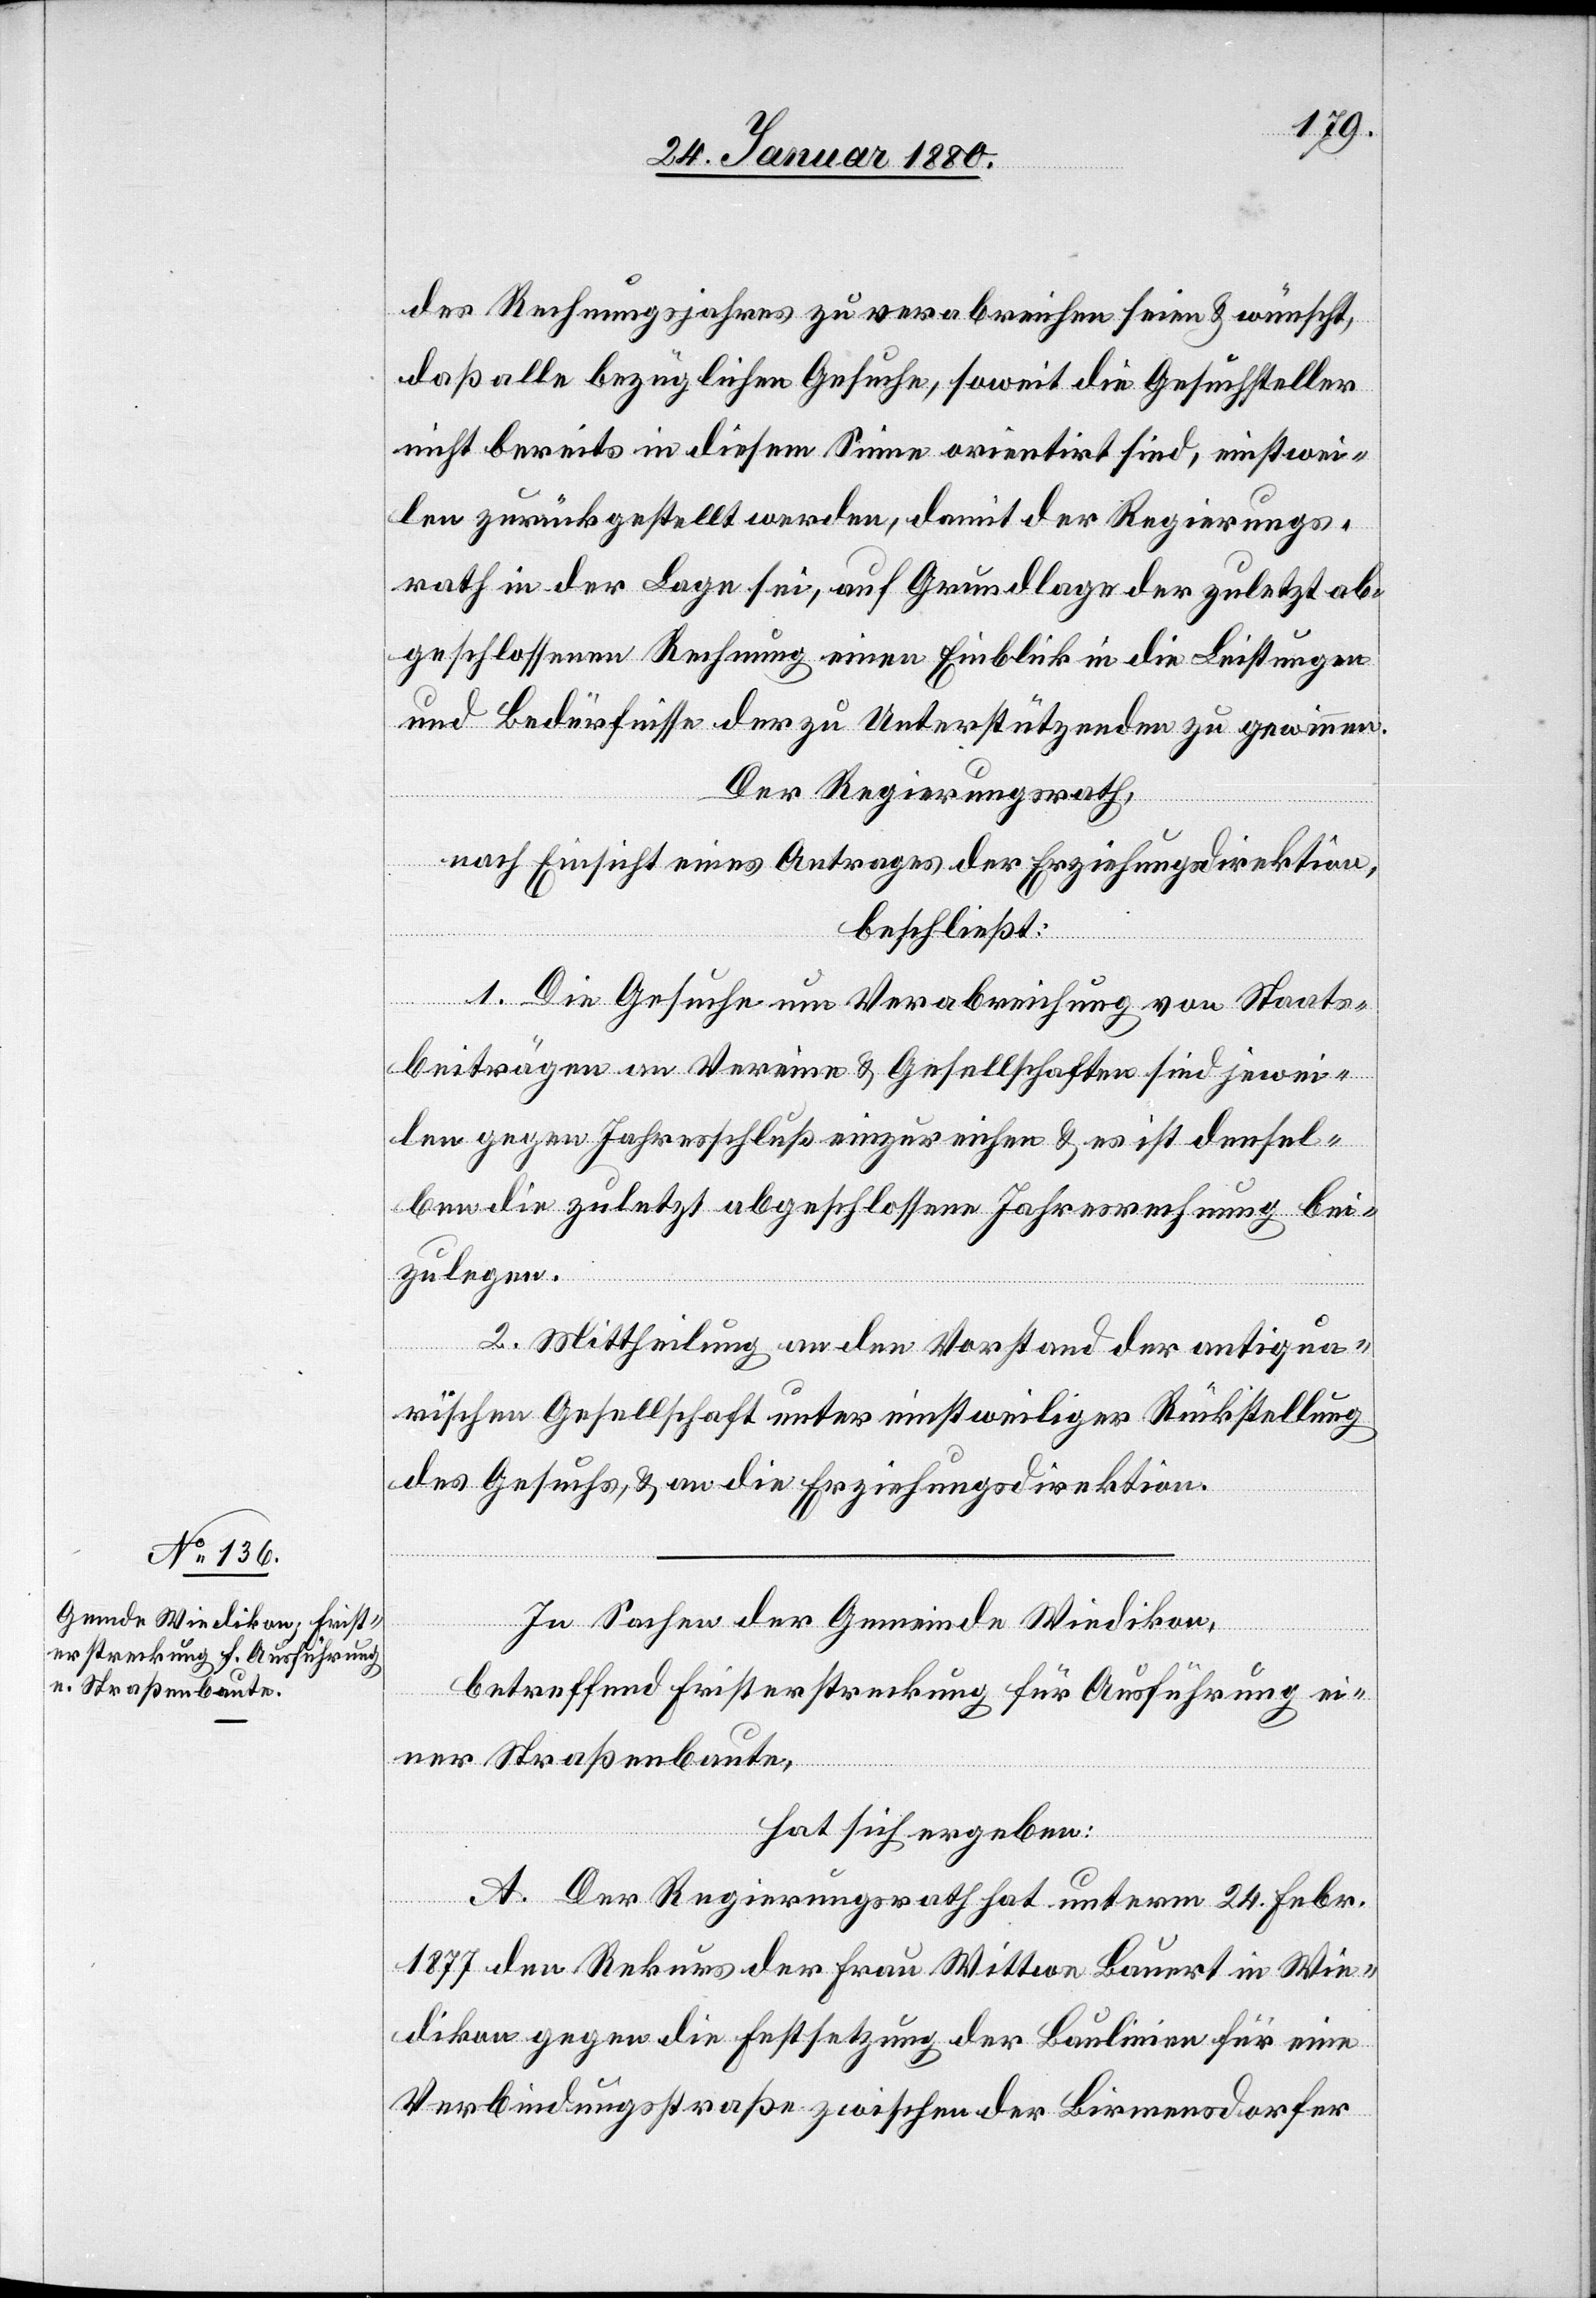
des Rechnungsjahres zu verabreichen seien & wünscht,
daß alle bezüglichen Gesuche, soweit die Gesuchsteller
nicht bereits in diesem Sinne orientirt sind, einstwei¬
len zurückgestellt werden, damit der Regierungs¬
rath in der Lage sei, auf Grundlage der zuletzt ab¬
geschlossenen Rechnung einen Einblick in die Leistungen
und Bedürfnisse der zu Unterstützenden zu gewinnen.
Der Regierungsrath,
nach Einsicht eines Antrages der Erziehungsdirektion,
beschließt:
1. Die Gesuch um Verabreichung von Staats¬
beiträgen an Vereine & Gesellschaften sind jewei¬
len gegen Jahresschluß einzureichen & es ist densel¬
ben die zuletzt abgeschlossene Jahresrechnung bei¬
zulegen.
2. Mittheilung an den Vorstand der antiqua¬
rischen Gesellschaft unter einstweiliger Rückstellung
des Gesuches, & an die Erziehungsdirektion.
In Sachen der Gemeinde Wiedikon,
betreffend Fristerstreckung für Ausführung ei¬
ner Straßenbaute,
hat sich ergeben:
A. Der Regierungsrath hat unterm 24. Februar
1877 den Rekurs der Frau Wittwe Bauert in Wie¬
dikon gegen die Festsetzung der Baulinien für eine
Verbindungsstraße zwischen der Birmensdorfer